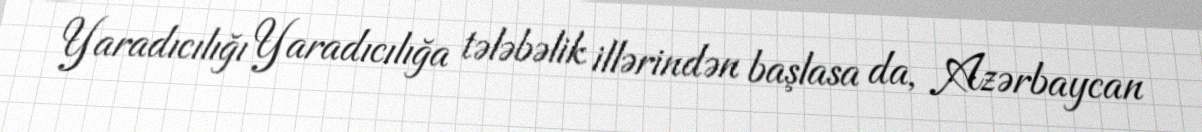
Yaradıcılığı Yaradıcılığa tələbəlik illərindən başlasa da, Azərbaycan